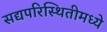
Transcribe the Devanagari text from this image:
सद्यपरिस्थितीमध्ये